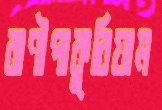
বাণীপাকুরিয়াম